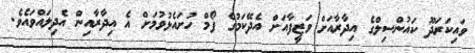
ވައިކަރަދޫ ކައުންސިލްގެ އިދާރާއަށް ވަޒީފާއަށް އެދޭކަމުގެ ފޯމް ހުށައެޅުވުމަށް އެ އިދާރާއިން އެދިލައްވައެވެ.